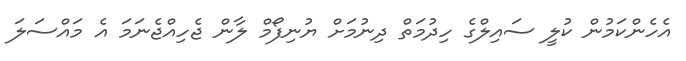
އެހެންކަމުން ކުލީ ސައިލްގެ ހިދުމަތް ދިނުމަށް ޔުނިފޯމް ލާން ޖެހިއްޖެނަމަ އެ މައްސަލަ